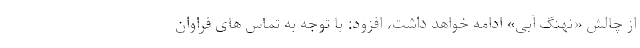
از چالش «نهنگ آبی» ادامه خواهد داشت، افزود: با توجه به تماس های فراوان